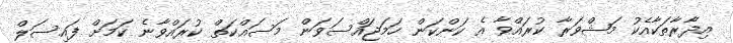
އިދާރާތަކާއެކު މަޝްވަރާ ކުރައްވާ އެ ކަންކަން ހަމަޖައްސަވަން މަސައްކަތް ކުރައްވާނެ ކަމަށް ފައިސަލް